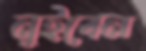
নুইবেন